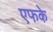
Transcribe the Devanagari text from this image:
एफके